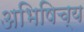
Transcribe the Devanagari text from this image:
अभिषिच्य